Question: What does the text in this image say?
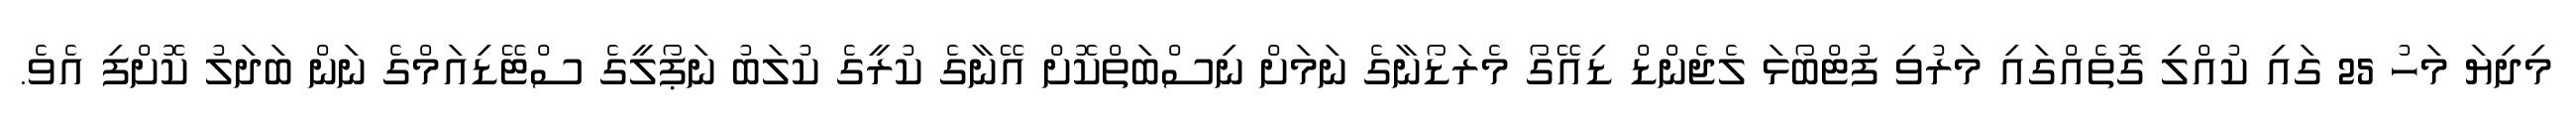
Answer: މިދިޔަ މަހު 25 ގައި ކުއްލި ގޮތެއްގައި މަރުވި ފުޓްބޯޅަ ލެޖެންޑް ޑިއޭގޯ މެރަޑޯނާގެ ނަމަށް ނިސްބަތްކޮށް އޭނާގެ ކުރީގެ ކުލަބު ނަޕޯލީގެ ސްޓޭޑިއަމްގެ ނަން ބަދަލު ކޮށްފި އެވެ.